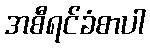
အစီရင်ခံစာပါ